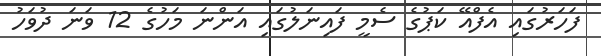
ފަހަރުގައި އެފްއޭ ކަޕުގެ ސެމީ ފައިނަލުގައި އަންނަ މަހުގެ 12 ވަނަ ދުވަހު